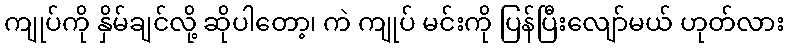
ကျုပ်ကို နှိမ်ချင်လို့ ဆိုပါတော့၊ ကဲ ကျုပ် မင်းကို ပြန်ပြီးလျော်မယ် ဟုတ်လား